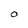
Character: 0